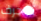
تنجرف